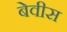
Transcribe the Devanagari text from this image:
बेवीस